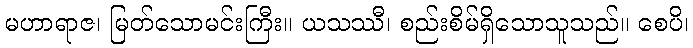
မဟာရာဇ၊ မြတ်သောမင်းကြီး။ ယသဿီ၊ စည်းစိမ်ရှိသောသူသည်။ စေပိ၊